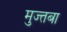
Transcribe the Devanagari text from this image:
मुज्तबा